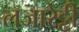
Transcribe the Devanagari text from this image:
लजारेट्टी